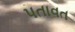
પતાવત